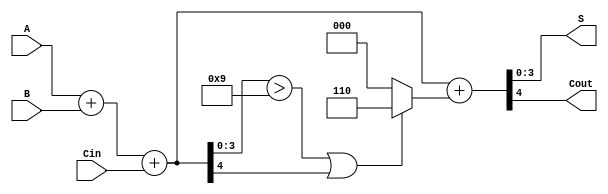
module BCD_Ripple_Carry_Adder (
    input  [3:0] A,      // First BCD digit
    input  [3:0] B,      // Second BCD digit
    input        Cin,     // Carry input
    output [3:0] S,      // BCD sum output
    output       Cout     // Carry output
);

    wire [4:0] sum;      // Intermediate sum (5 bits to accommodate carry)
    wire [4:0] corrected_sum; // Sum after correction
    wire correction_needed; // Signal to indicate if correction is needed

    // Full Adder instantiation
    assign sum = A + B + Cin;

    // Check if correction is needed: sum > 9 or carry out from MSB
    assign correction_needed = sum[3:0] > 4'b1001 || sum[4];

    // Corrected sum (add 6 if correction is needed)
    assign corrected_sum = sum + (correction_needed ? 5'b00110 : 5'b00000);

    // Assign outputs
    assign S = corrected_sum[3:0]; // BCD result
    assign Cout = corrected_sum[4]; // Carry out

endmodule